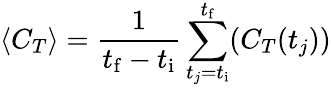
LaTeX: \langle C_{T}\rangle=\frac{1}{t_{\mathrm{f}}-t_{\mathrm{i}}}\sum_{t_{j}=t_{\mathrm{i}}}^{t_{\mathrm{f}}}(C_{T}(t_{j}))